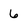
Character: 6